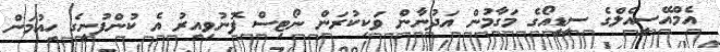
އެމްއޭސީއެލްގެ ސީޑީއޯގެ މަގާމުން އަދުނާން ވަކިކުރަން ނޯޓިސް ފޮނުވިއިރު އެ ކުންފުނީގެ ހިއުމަން